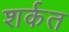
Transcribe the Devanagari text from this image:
शर्कत